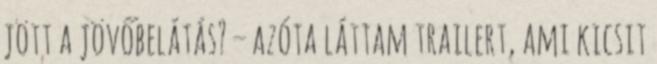
jött a jövőbelátás? – azóta láttam trailert, ami kicsit